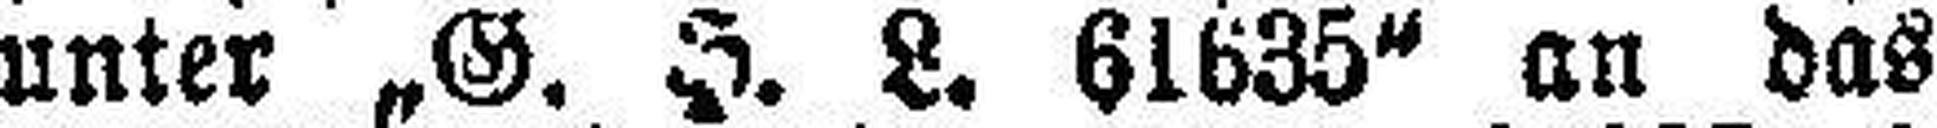
unter „G. H. L. 61635“ an das